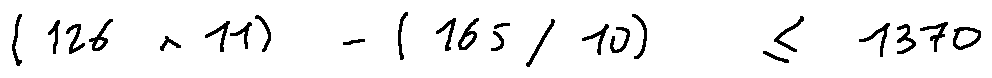
( 1 2 6 \times 1 1 ) - ( 1 6 5 / 1 0 ) \leq 1 3 7 0